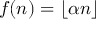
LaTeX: f ( n ) = \lfloor \alpha n \rfloor